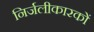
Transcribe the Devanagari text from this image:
निर्जलीकारकों